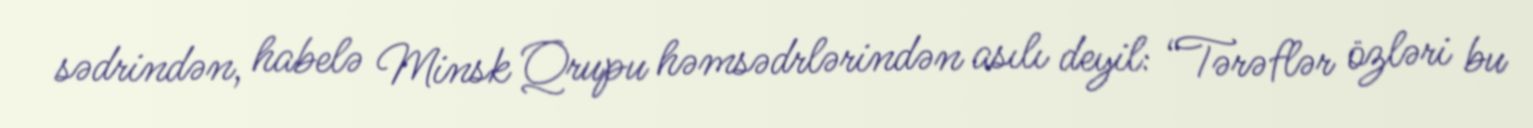
sədrindən, habelə Minsk Qrupu həmsədrlərindən asılı deyil: “Tərəflər özləri bu